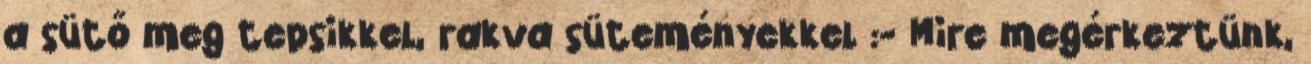
a sütő meg tepsikkel, rakva süteményekkel :- Mire megérkeztünk,